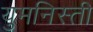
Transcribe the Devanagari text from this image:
युमनिस्ती